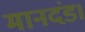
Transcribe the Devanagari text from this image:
मानदंड।